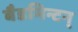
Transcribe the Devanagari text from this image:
बैडमिन्टन्